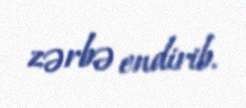
zərbə endirib.